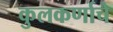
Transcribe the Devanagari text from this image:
कुलकर्णाचे